Document type: Sale
Year: 1440
Scribe: Pere Pau Pujades
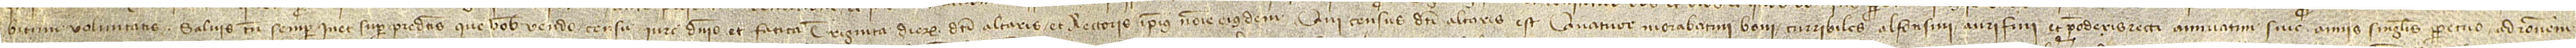
bitum voluntatis, salvis tamen semper in et super predictis que vobis vendo censu, iure, dominio et fatica triginta dierum dicti altaris et rectoris ipsius nomine eiusdem. Qui census dicti altaris est quatuor morabatini boni curribiles alfonsini auri fini et ponderis recti annuatim sive annis singulis perpetuo, ad rationem